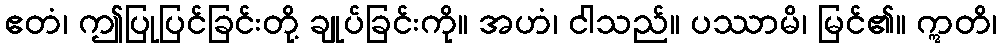
ဧတံ၊ ဤပြုပြင်ခြင်းတို့ ချုပ်ခြင်းကို။ အဟံ၊ ငါသည်။ ပဿာမိ၊ မြင်၏။ ဣတိ၊